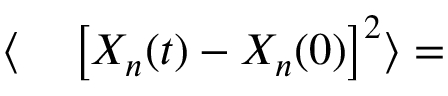
\begin{array} { r l } { \langle } & { { } \left[ X _ { n } ( t ) - X _ { n } ( 0 ) \right] ^ { 2 } \rangle = } \end{array}